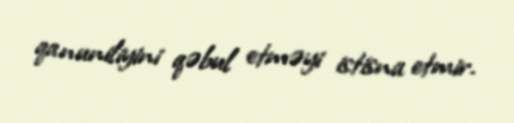
qanuniliyini qəbul etməyi istisna etmir.